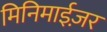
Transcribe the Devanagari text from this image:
मिनिमाईज़र